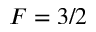
F = 3 / 2